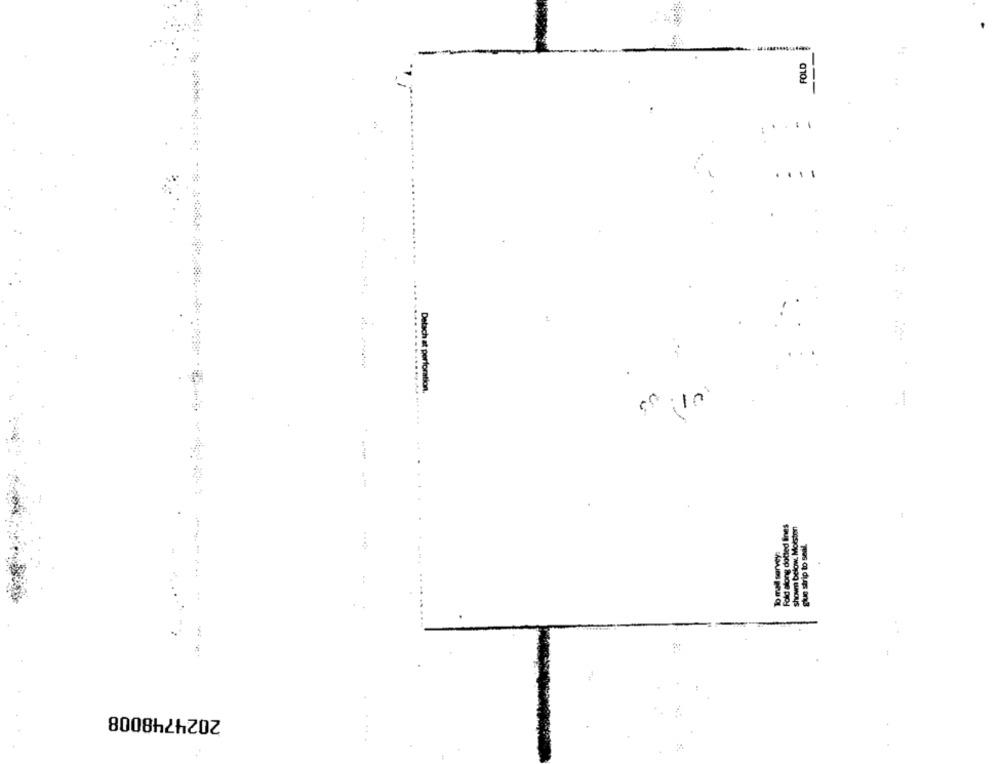
FOLD
---
....
Detach at perforation.
Fold along dotted lines
shown below. Moissen
To mall survey:
---...
2024748008